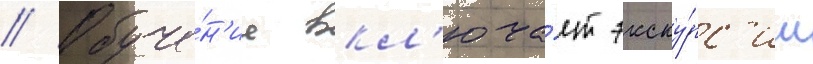
// Обуче́н'ие вкл'юча́ет экску́рс'ии